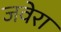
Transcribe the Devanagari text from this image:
जवेरा